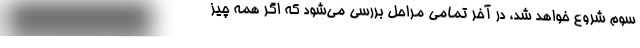
سوم شروع خواهد شد، در آخر تمامی مراحل بررسی می‌شود که اگر همه چیز